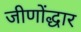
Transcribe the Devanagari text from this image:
जीणोंद्धार